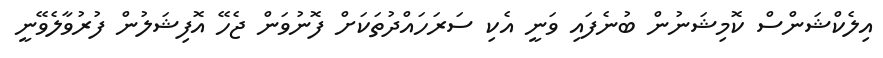
އިލެކްޝަންސް ކޮމިޝަނުން ބުނެފައި ވަނީ އެކި ސަރަހައްދުތަކަށް ފޮނުވަން ޖެހޭ އޮފިޝަލުން ފުރުވާލެވޭނީ